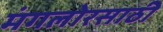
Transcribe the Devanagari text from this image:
मंगलोरसाठी